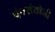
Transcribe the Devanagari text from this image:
पंचसंयोजी